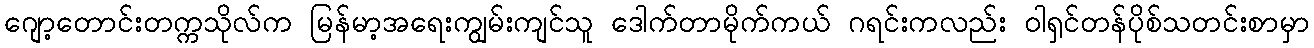
ဂျော့တောင်းတက္ကသိုလ်က မြန်မာ့အရေးကျွမ်းကျင်သူ ဒေါက်တာမိုက်ကယ် ဂရင်းကလည်း ဝါရှင်တန်ပိုစ်သတင်းစာမှာ